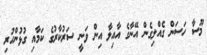
މޫސާ ހަސަން ގެއްލިގެން އޭނާގެ އާއިލާ އިން ވަނީ ސަރުކާރުގެ ކަމާއި ގުޅުންހުރި